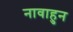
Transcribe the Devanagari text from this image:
नावाहुन